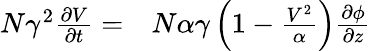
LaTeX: \begin{array}{rl}{N\gamma^{2}\frac{\partial V}{\partial t}=}&{{}N\alpha\gamma\left(1-\frac{V^{2}}{\alpha}\right)\frac{\partial\phi}{\partial z}}\end{array}